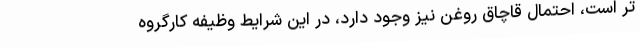
تر است، احتمال قاچاق روغن نیز وجود دارد، در این شرایط وظیفه کارگروه